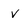
Character: v